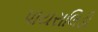
પાયરાલિડી